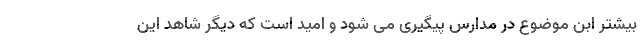
بیشتر ابن موضوع در مدارس پیگیری می شود و امید است که دیگر شاهد این